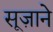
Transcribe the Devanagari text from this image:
सूज़ाने